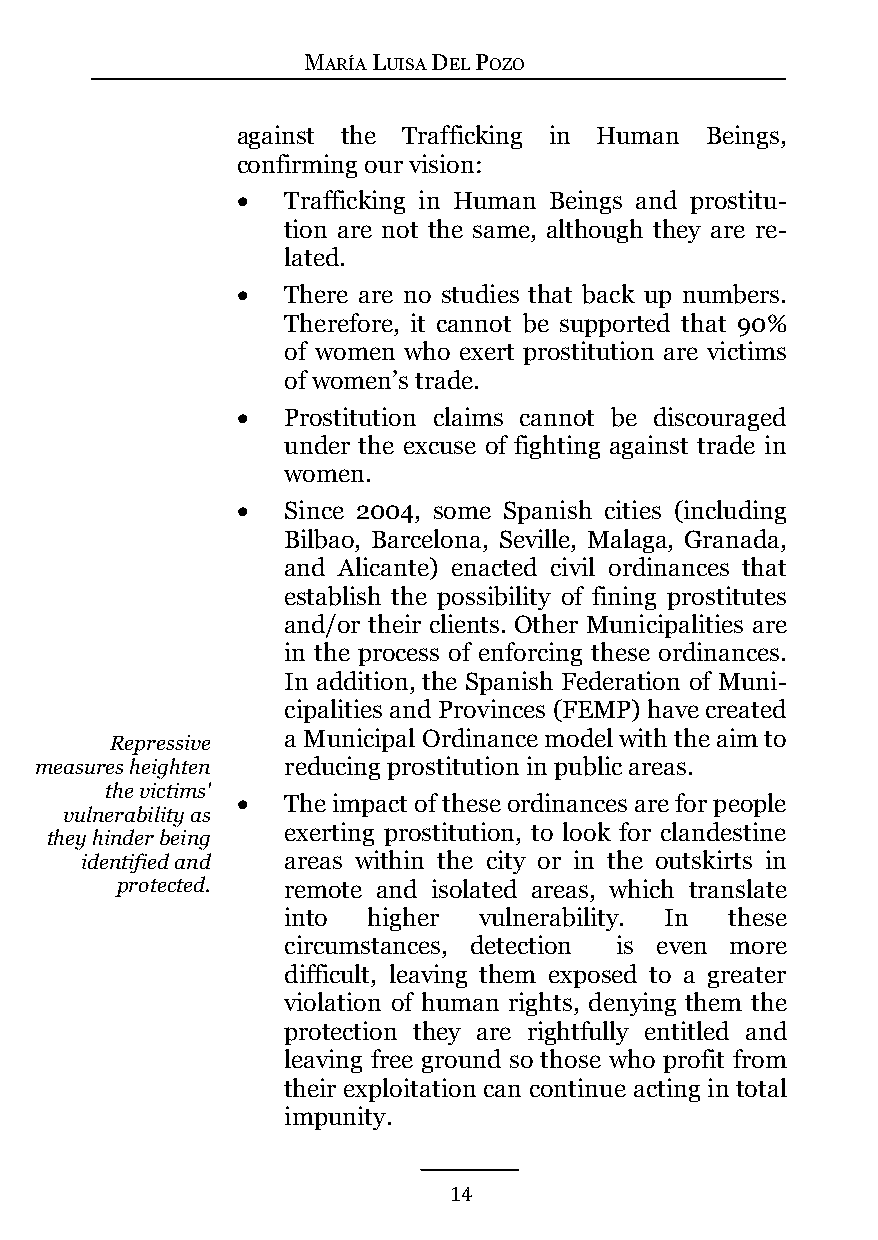
MARÍA LUISA DEL POZO
 against the Trafficking in Human Beings,
 confirming our vision:
   Trafficking in Human Beings and prostitu-
 tion are not the same, although they are re-
 lated.
   There are no studies that back up numbers.
 Therefore, it cannot be supported that 90%
 of women who exert prostitution are victims
 of women’s trade.
   Prostitution claims cannot be discouraged
 under the excuse of fighting against trade in
 women.
   Since 2004, some Spanish cities (including
 Bilbao, Barcelona, Seville, Malaga, Granada,
 and Alicante) enacted civil ordinances that
 establish the possibility of fining prostitutes
 and/or their clients. Other Municipalities are
 in the process of enforcing these ordinances.
 In addition, the Spanish Federation of Muni-
 cipalities and Provinces (FEMP) have created
 a Municipal Ordinance model with the aim to
 Repressive
 measures heighten reducing prostitution in public areas.
 the victims'
   The impact of these ordinances are for people
 vulnerability as
 exerting prostitution, to look for clandestine
 they hinder being
 identified and areas within the city or in the outskirts in
 protected. remote and isolated areas, which translate
 into higher  vulnerability. In these
 circumstances, detection is even more
 difficult, leaving them exposed to a greater
 violation of human rights, denying them the
 protection they are rightfully entitled and
 leaving free ground so those who profit from
 their exploitation can continue acting in total
 impunity.
 14